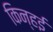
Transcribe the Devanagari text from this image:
किन्हई